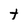
Character: t